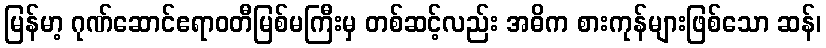
မြန်မာ့ ဂုဏ်ဆောင်ဧရာဝတီမြစ်မကြီးမှ တစ်ဆင့်လည်း အဓိက စားကုန်များဖြစ်သော ဆန်၊